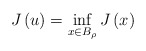
\begin{align*}J\left( u\right) =\inf_{x\in B_{\rho }}J\left( x\right) \end{align*}